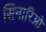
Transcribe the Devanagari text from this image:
सिनारिओ